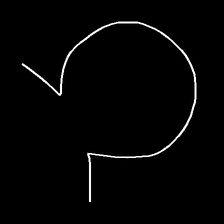
Glyph: weave